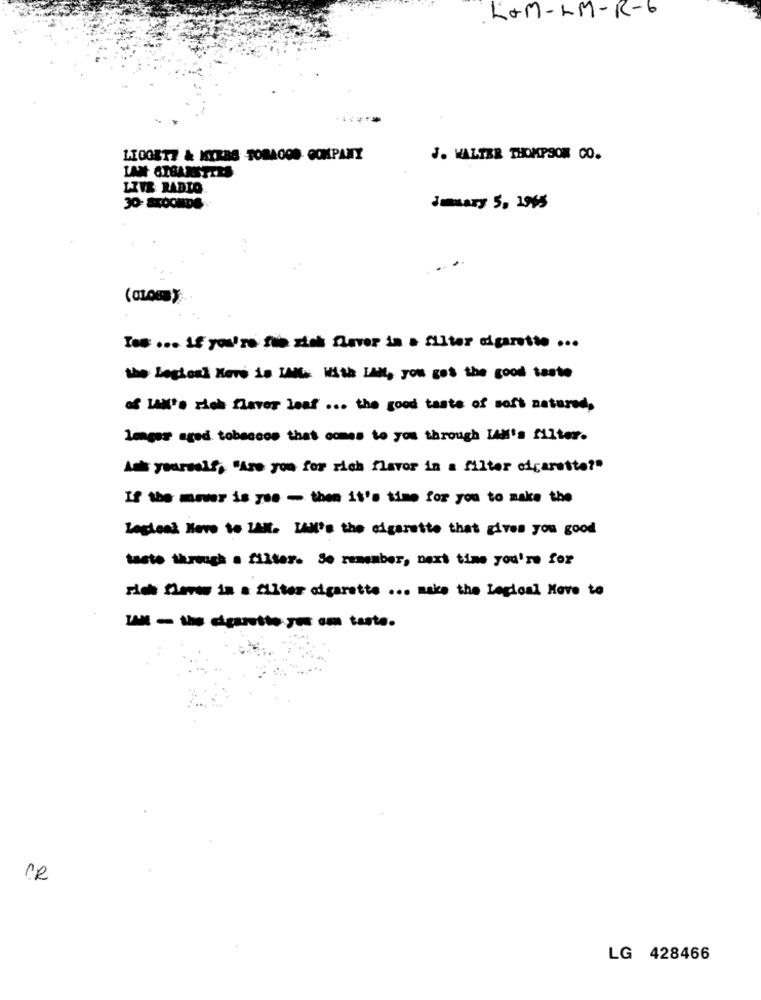
LOM-LM-R-6
1100817 & HYRES TORAOOD COMPANY
J. WALTER THOMPSON CO.
LAN ATBANSTEES
LITE RADIO
domary 5, 1995
Ies ... if you're fue sich flever in a filter cigarette ...
the Legioni Kers is IANLs With LAN, you got the good taste
of IAN's rich flaver Jeaf ... the good taste of soft natured,
lager aged tobaccos that comes to you through IAM's filter.
Ask yourself, "Are you for rich flavor in a filter cigarette?"
If the mower is yes - then it's time for you to make the
Leglesk Have to LAN. LAN's the cigarette that gives you good
taste through a filter. Se remember, next time you're for
rich flaves in a filter cigarette ... make the Legioal Have to
1MM - the dgaretto yes om taste.
CR
LG 428466